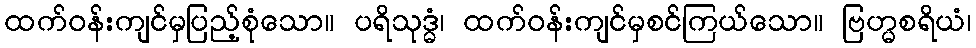
ထက်ဝန်းကျင်မှပြည့်စုံသော။ ပရိသုဒ္ဓံ၊ ထက်ဝန်းကျင်မှစင်ကြယ်သော။ ဗြဟ္မစရိယံ၊